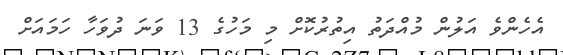
އެހެންވެ އަލުން މުއްދަތު އިތުރުކޮށް މި މަހުގެ 13 ވަނަ ދުވަހާ ހަމައަށް